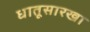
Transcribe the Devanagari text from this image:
धातूसारखा